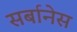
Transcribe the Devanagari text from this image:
सर्बानेस